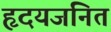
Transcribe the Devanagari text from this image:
हृदयजनित